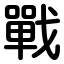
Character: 戰